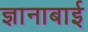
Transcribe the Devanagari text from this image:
ज्ञानाबाई